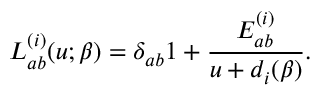
L _ { a b } ^ { ( i ) } ( u ; \beta ) = \delta _ { a b } 1 + \frac { E _ { a b } ^ { ( i ) } } { u + d _ { i } ( \beta ) } .